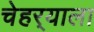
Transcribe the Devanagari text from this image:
चेहर्‍याला